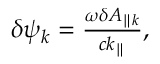
\begin{array} { r } { \delta \psi _ { k } = \frac { \omega \delta A _ { \parallel { k } } } { c k _ { \parallel } } , } \end{array}